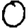
Digit: 0